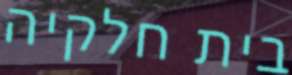
בית חלקיה